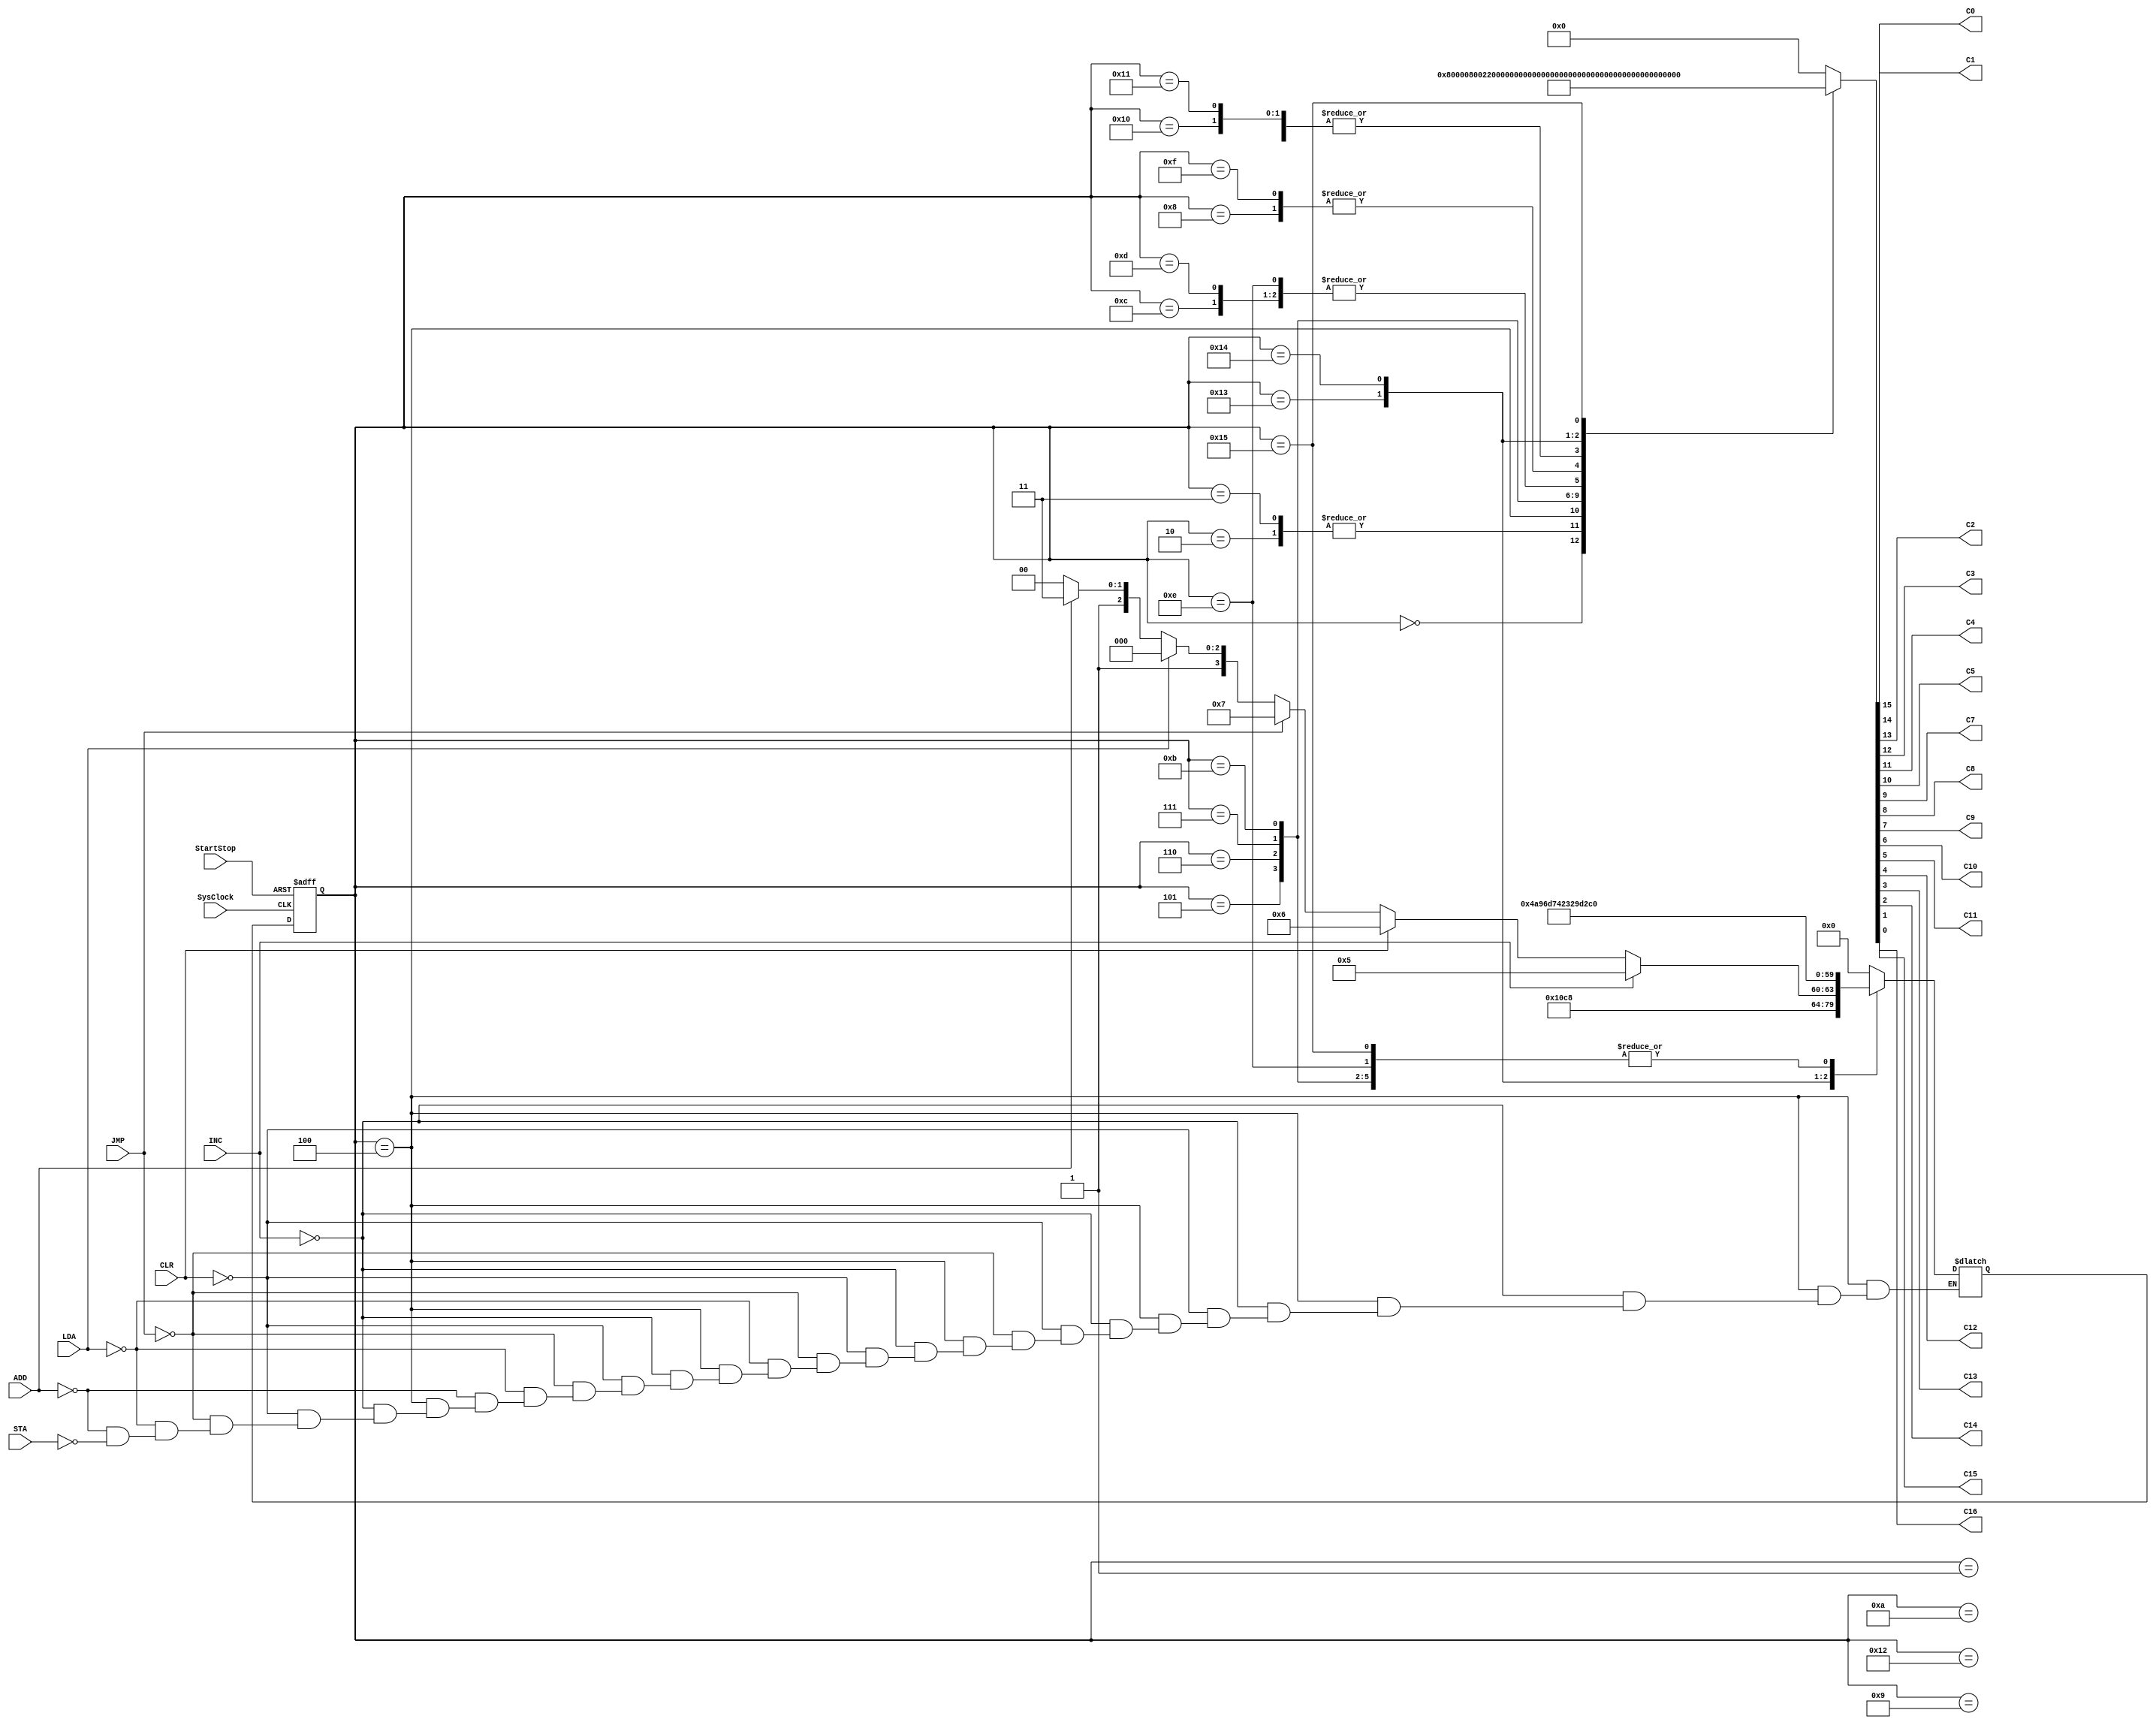
module triscFSM1(SysClock,StartStop,INC,CLR,JMP,LDA,STA,ADD,C0,C1,C2,C3,C4,C5,C7,C8,C9,C10,C11,C12,C13,C14,C15,C16);
input SysClock,StartStop,INC,CLR,JMP,LDA,STA,ADD;
output reg C0,C1,C2,C3,C4,C5,C7,C8,C9,C10,C11,C12,C13,C14,C15,C16;
reg[4:0] state,nextstate;
parameter A=5'b00000,B=5'b00001,C=5'b00010,D=5'b00011,E=5'b00100,F=5'b00101,G=5'b00110,H=5'b00111,I=5'b01000,
J=5'b01001,K=5'b01010,L=5'b01011,M=5'b01100,N=5'b01101,O=5'b01110,P=5'b01111,Q=5'b10000,R=5'b10001,S=5'b10010,T=5'b10011,U=5'b10100,V=5'b10101;
always @(negedge SysClock, negedge StartStop)
if(StartStop==1'b0)state<=A;else state<=nextstate;
always@(state,INC,CLR,JMP,LDA,STA,ADD)
case(state)
A: begin { C0,C1,C2,C3,C4,C5,C7,C8,C9,C10,C11,C12,C13,C14,C15,C16}=16'b1000000000000000; nextstate=B;end
B: begin { C0,C1,C2,C3,C4,C5,C7,C8,C9,C10,C11,C12,C13,C14,C15,C16}=16'b0000000000000000; nextstate=C;end
C: begin { C0,C1,C2,C3,C4,C5,C7,C8,C9,C10,C11,C12,C13,C14,C15,C16}=16'b0000100000000000; nextstate=D;end
D: begin { C0,C1,C2,C3,C4,C5,C7,C8,C9,C10,C11,C12,C13,C14,C15,C16}=16'b0000100000000000; nextstate=E;end
E: begin { C0,C1,C2,C3,C4,C5,C7,C8,C9,C10,C11,C12,C13,C14,C15,C16}=16'b0010001000000000; 
        if(INC) nextstate =F; else if (CLR) nextstate= G;else if (JMP) nextstate= H; else if (LDA) nextstate=I;
		  else if (ADD) nextstate=P;else if (STA) nextstate=M; end 
F: begin { C0,C1,C2,C3,C4,C5,C7,C8,C9,C10,C11,C12,C13,C14,C15,C16}=16'b0000000010000000; nextstate=B;end
G: begin { C0,C1,C2,C3,C4,C5,C7,C8,C9,C10,C11,C12,C13,C14,C15,C16}=16'b0000000100000000; nextstate=B;end
H: begin { C0,C1,C2,C3,C4,C5,C7,C8,C9,C10,C11,C12,C13,C14,C15,C16}=16'b0100000000000000; nextstate=B;end
I: begin { C0,C1,C2,C3,C4,C5,C7,C8,C9,C10,C11,C12,C13,C14,C15,C16}=16'b0001000000000000; nextstate=J;end
J: begin { C0,C1,C2,C3,C4,C5,C7,C8,C9,C10,C11,C12,C13,C14,C15,C16}=16'b0001100000000000; nextstate=K;end
K: begin { C0,C1,C2,C3,C4,C5,C7,C8,C9,C10,C11,C12,C13,C14,C15,C16}=16'b0001100000000000; nextstate=L;end
L: begin { C0,C1,C2,C3,C4,C5,C7,C8,C9,C10,C11,C12,C13,C14,C15,C16}=16'b0000000000100000; nextstate=B;end
M: begin { C0,C1,C2,C3,C4,C5,C7,C8,C9,C10,C11,C12,C13,C14,C15,C16}=16'b0001110000000000; nextstate=N;end
N: begin { C0,C1,C2,C3,C4,C5,C7,C8,C9,C10,C11,C12,C13,C14,C15,C16}=16'b0001110000000000; nextstate=O;end
O: begin { C0,C1,C2,C3,C4,C5,C7,C8,C9,C10,C11,C12,C13,C14,C15,C16}=16'b0001110000000000; nextstate=B;end
P: begin { C0,C1,C2,C3,C4,C5,C7,C8,C9,C10,C11,C12,C13,C14,C15,C16}=16'b0001000000000000; nextstate=Q;end

Q: begin { C0,C1,C2,C3,C4,C5,C7,C8,C9,C10,C11,C12,C13,C14,C15,C16}=16'b0001100000000000; nextstate=R;end
R: begin { C0,C1,C2,C3,C4,C5,C7,C8,C9,C10,C11,C12,C13,C14,C15,C16}=16'b0001100000000000; nextstate=S;end
S: begin { C0,C1,C2,C3,C4,C5,C7,C8,C9,C10,C11,C12,C13,C14,C15,C16}=16'b0000000000000000; nextstate=T;end
T: begin { C0,C1,C2,C3,C4,C5,C7,C8,C9,C10,C11,C12,C13,C14,C15,C16}=16'b0000000000000001; nextstate=U;end
U: begin { C0,C1,C2,C3,C4,C5,C7,C8,C9,C10,C11,C12,C13,C14,C15,C16}=16'b0000000000010000; nextstate=V;end
V: begin { C0,C1,C2,C3,C4,C5,C7,C8,C9,C10,C11,C12,C13,C14,C15,C16}=16'b0000000000001000; nextstate=B;end
 default: 
   begin { C0,C1,C2,C3,C4,C5,C7,C8,C9,C10,C11,C12,C13,C14,C15,C16}=16'b0000000000000000;nextstate=A; end
 endcase
 endmodule